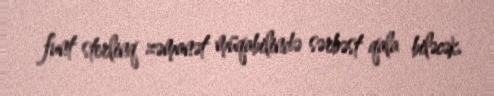
funt sterlinq zəmanət müqabilində sərbəst qala biləcək.